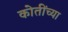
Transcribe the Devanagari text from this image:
कोतींच्या